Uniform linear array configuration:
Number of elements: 16
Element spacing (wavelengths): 0.25
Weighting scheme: blackman
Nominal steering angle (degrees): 0
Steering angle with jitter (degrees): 1.673
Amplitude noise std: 0.05
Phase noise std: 0.05

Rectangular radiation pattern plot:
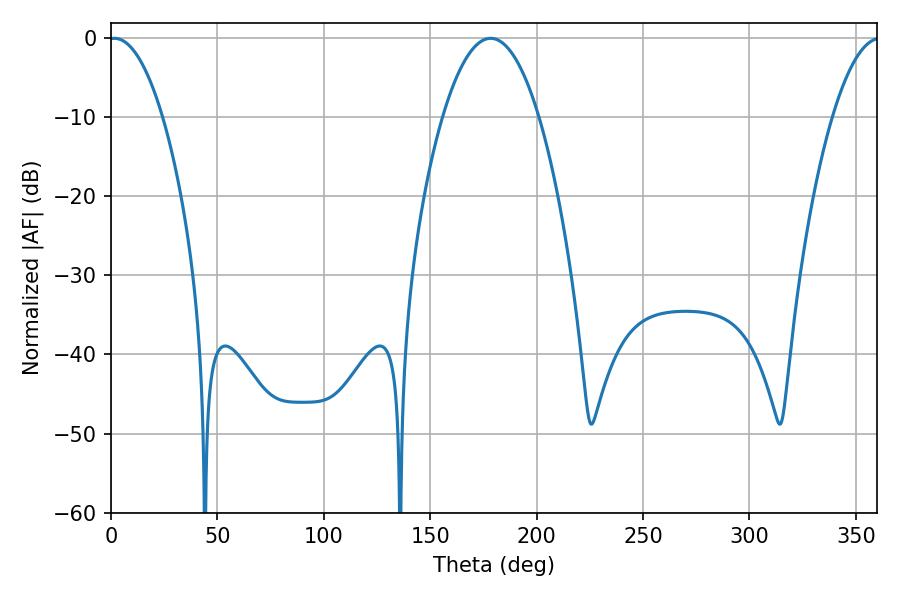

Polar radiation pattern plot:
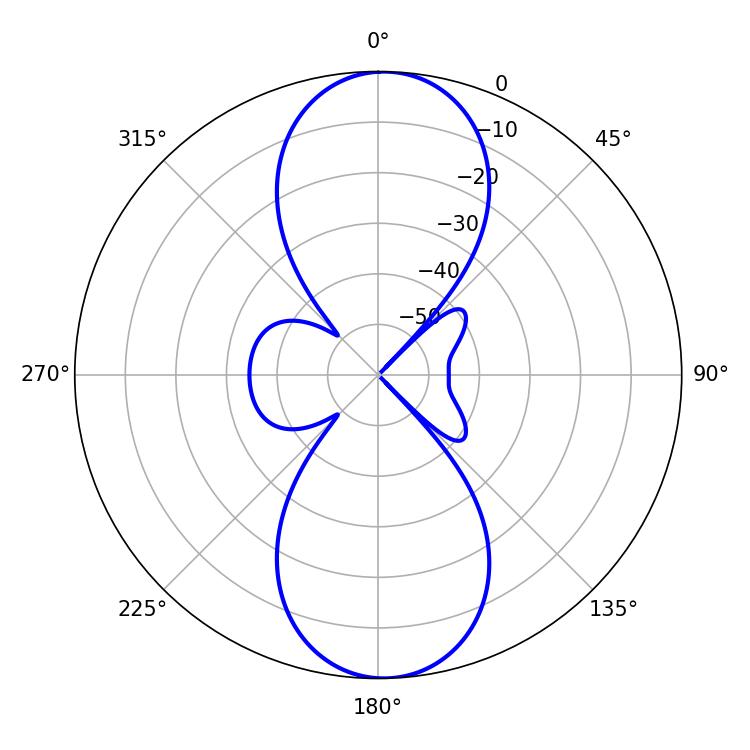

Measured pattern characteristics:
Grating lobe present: FALSE
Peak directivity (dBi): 19.039
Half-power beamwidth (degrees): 25.02
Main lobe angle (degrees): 178.38